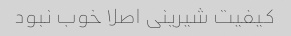
کیفیت شیرینی اصلا خوب نبود